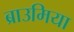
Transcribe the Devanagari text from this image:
ब्राउमिया